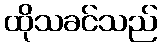
ထိုသခင်သည်